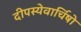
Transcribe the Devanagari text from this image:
दीपस्येवार्चिषो